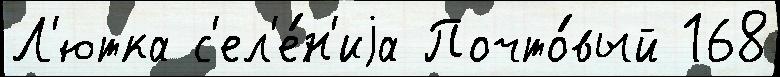
Л'ютка с'ел'е́н'иjа Почто́вый 168